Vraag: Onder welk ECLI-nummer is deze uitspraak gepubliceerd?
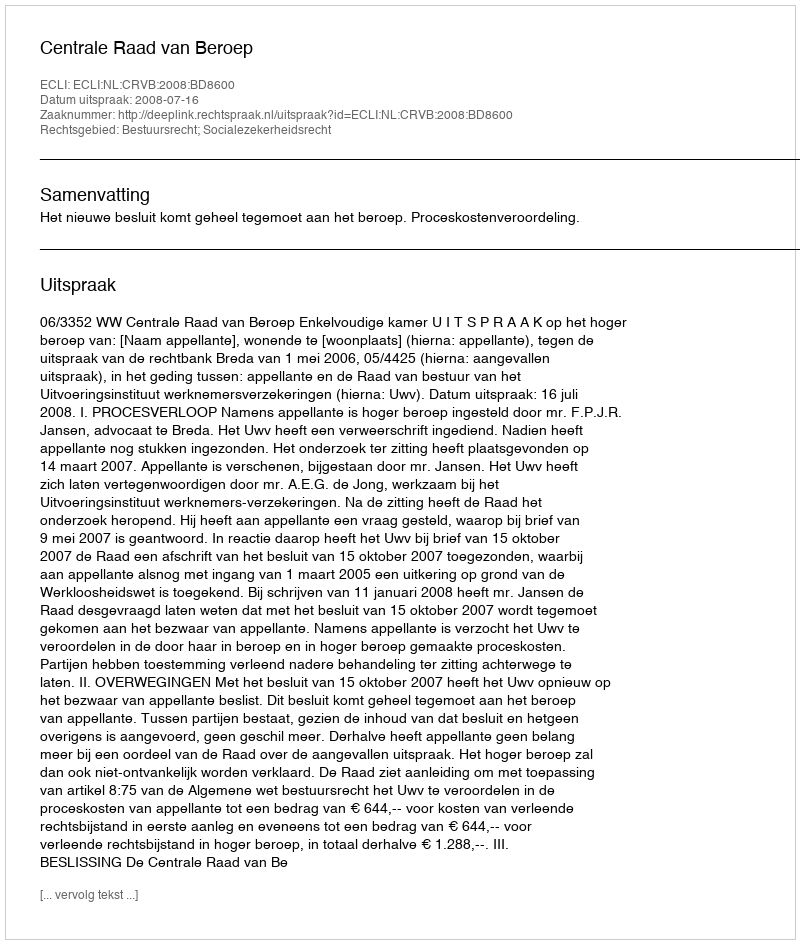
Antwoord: ECLI:NL:CRVB:2008:BD8600